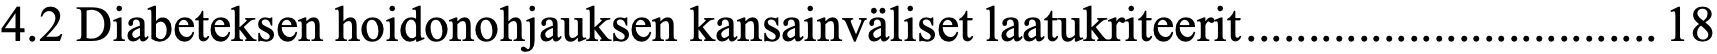
4.2 Diabeteksen hoidonohjauksen kansainväliset laatukriteerit ................................. 18